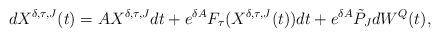
LaTeX: \begin{align*}dX^{\delta,\tau,J}(t)=AX^{\delta,\tau,J}dt+e^{\delta A}F_\tau(X^{\delta,\tau,J}(t))dt+e^{\delta A}\tilde{P}_JdW^Q(t),\end{align*}